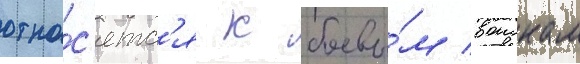
отно́с'ятс'я к боевы́м воискам